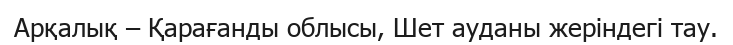
Арқалық – Қарағанды облысы, Шет ауданы жеріндегі тау.